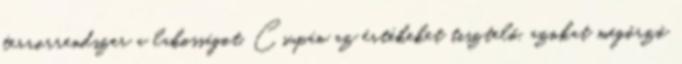
terrorrendszer a lakosságot. Csupán az értékeket tisztelő, azokat megőrző